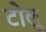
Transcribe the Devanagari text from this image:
टोलू